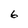
Character: 6